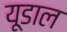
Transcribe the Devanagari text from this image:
यूडाल